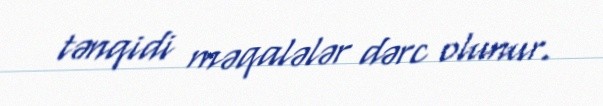
tənqidi məqalələr dərc olunur.